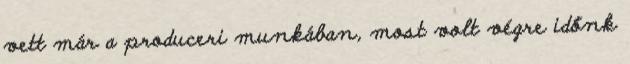
vett már a produceri munkában, most volt végre időnk